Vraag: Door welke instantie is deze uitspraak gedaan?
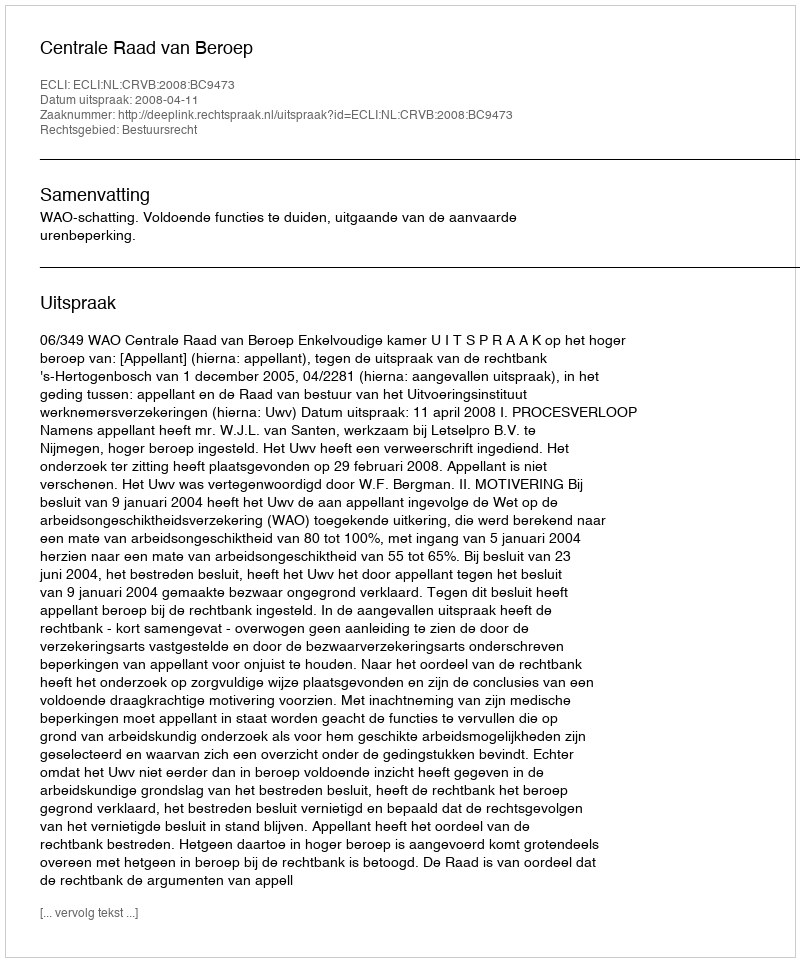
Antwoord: Centrale Raad van Beroep